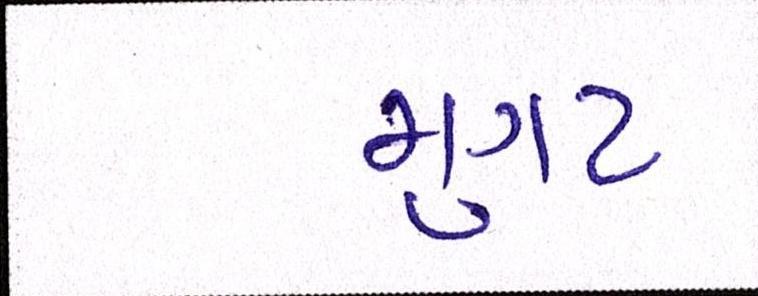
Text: મુગટ